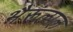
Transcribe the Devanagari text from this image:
भैरूंलाल